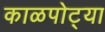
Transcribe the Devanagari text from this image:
काळपोट्या